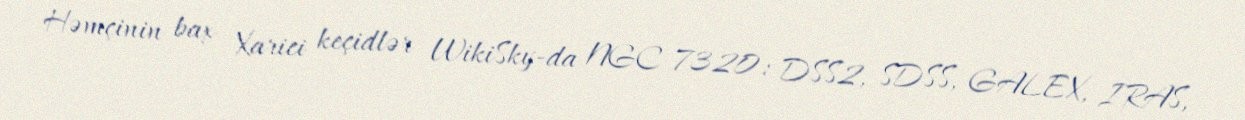
Həmçinin bax Xarici keçidlər WikiSky-da NGC 7320: DSS2, SDSS, GALEX, IRAS,